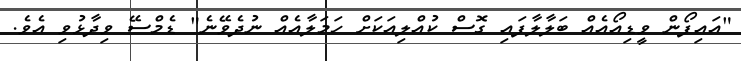
"އައިފޯން ވީޑިއޯއެއް ބަލާލާފައި ގޮސް ކުއްލިއަކަށް ހަމަލާއެއް ނުދެވޭނެ" ޑެމްސޭ ވިދާޅުވި އެވެ.